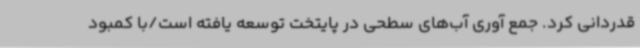
قدردانی کرد. جمع آوری آب‌های سطحی در پایتخت توسعه یافته است/با کمبود